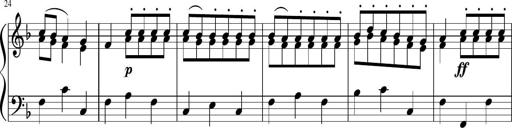
Title: 12 Keyboard Sonatinas
Composer: James Hook